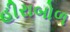
હીરાબોળ